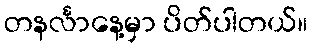
တနင်္လာနေ့မှာ ပိတ်ပါတယ်။